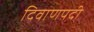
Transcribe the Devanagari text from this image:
दिवाणपदी